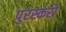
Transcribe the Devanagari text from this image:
पुरस्करो